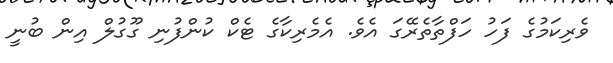
ވެރިކަމުގެ ފަހު ހަފްތާތެރޭގަ އެވެ. އެމެރިކާގެ ޓެކް ކުންފުނި ގޫގުލް އިން ބުނީ